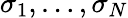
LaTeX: \sigma_{1},\dots,\sigma_{N}